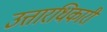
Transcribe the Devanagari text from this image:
उत्तारधिकारी